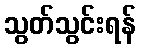
သွတ်သွင်းရန်